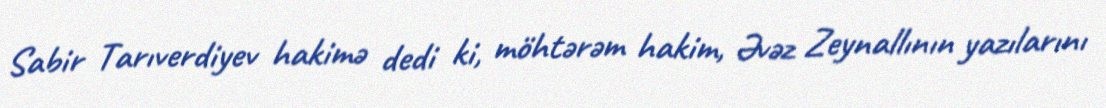
Sabir Tarıverdiyev hakimə dedi ki, möhtərəm hakim, Əvəz Zeynallının yazılarını